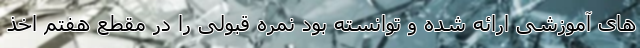
های آموزشی ارائه شده و توانسته بود نمره قبولی را در مقطع هفتم اخذ